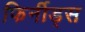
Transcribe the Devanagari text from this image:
फिर्नीड्स